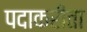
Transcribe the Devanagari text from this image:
पदाकरीता